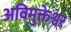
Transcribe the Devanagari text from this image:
अविमुक्तेश्वर